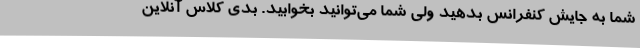
شما به ‌جایش کنفرانس بدهید ولی شما می‌توانید بخوابید. بدی کلاس آنلاین